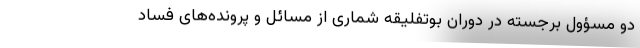
دو مسؤول برجسته در دوران بوتفلیقه شماری از مسائل و پرونده‌های فساد